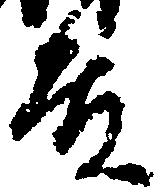
殿